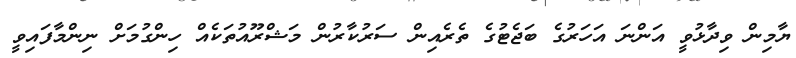
ޔާމިން ވިދާޅުވީ އަންނަ އަހަރުގެ ބަޖެޓުގެ ތެރެއިން ސަރުކާރުން މަޝްރޫއުތަކެއް ހިންގުމަށް ނިންމާފައިވީ